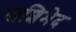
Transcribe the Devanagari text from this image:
राशिभेद